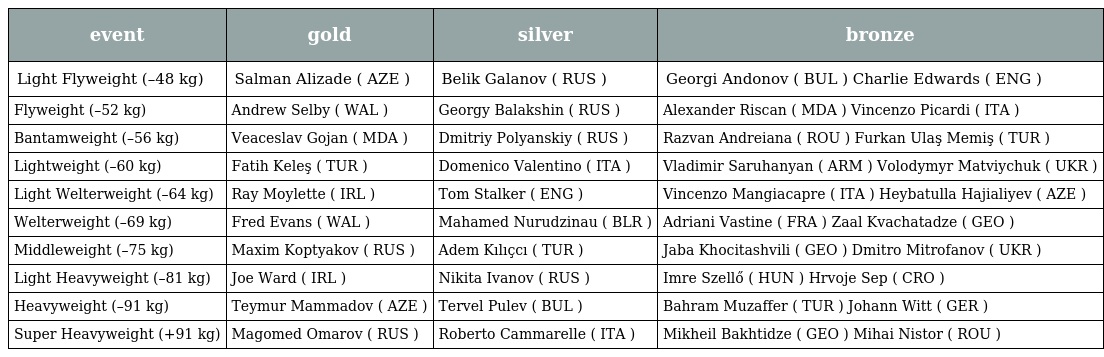
| event | gold | silver | bronze |
 | --- | --- | --- | --- |
 | Light Flyweight (–48 kg) | Salman Alizade ( AZE ) | Belik Galanov ( RUS ) | Georgi Andonov ( BUL ) Charlie Edwards ( ENG ) |
 | Flyweight (–52 kg) | Andrew Selby ( WAL ) | Georgy Balakshin ( RUS ) | Alexander Riscan ( MDA ) Vincenzo Picardi ( ITA ) |
 | Bantamweight (–56 kg) | Veaceslav Gojan ( MDA ) | Dmitriy Polyanskiy ( RUS ) | Razvan Andreiana ( ROU ) Furkan Ulaş Memiş ( TUR ) |
 | Lightweight (–60 kg) | Fatih Keleş ( TUR ) | Domenico Valentino ( ITA ) | Vladimir Saruhanyan ( ARM ) Volodymyr Matviychuk ( UKR ) |
 | Light Welterweight (–64 kg) | Ray Moylette ( IRL ) | Tom Stalker ( ENG ) | Vincenzo Mangiacapre ( ITA ) Heybatulla Hajialiyev ( AZE ) |
 | Welterweight (–69 kg) | Fred Evans ( WAL ) | Mahamed Nurudzinau ( BLR ) | Adriani Vastine ( FRA ) Zaal Kvachatadze ( GEO ) |
 | Middleweight (–75 kg) | Maxim Koptyakov ( RUS ) | Adem Kılıçcı ( TUR ) | Jaba Khocitashvili ( GEO ) Dmitro Mitrofanov ( UKR ) |
 | Light Heavyweight (–81 kg) | Joe Ward ( IRL ) | Nikita Ivanov ( RUS ) | Imre Szellő ( HUN ) Hrvoje Sep ( CRO ) |
 | Heavyweight (–91 kg) | Teymur Mammadov ( AZE ) | Tervel Pulev ( BUL ) | Bahram Muzaffer ( TUR ) Johann Witt ( GER ) |
 | Super Heavyweight (+91 kg) | Magomed Omarov ( RUS ) | Roberto Cammarelle ( ITA ) | Mikheil Bakhtidze ( GEO ) Mihai Nistor ( ROU ) |